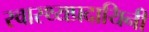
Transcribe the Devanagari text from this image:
स्वास्थ्यप्रदायिनी